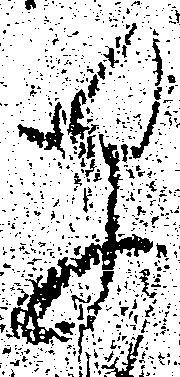
早